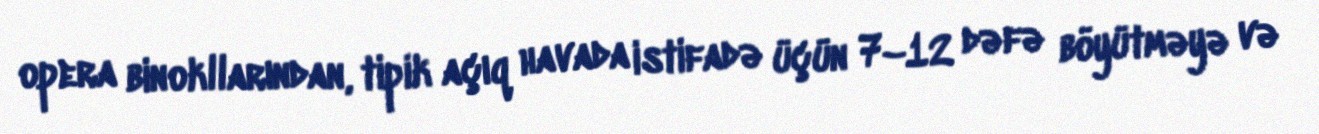
opera binokllarından, tipik açıq havada istifadə üçün 7–12 dəfə böyütməyə və